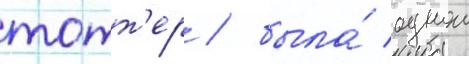
тотт'ер / была́ однои